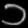
Digit: ၁